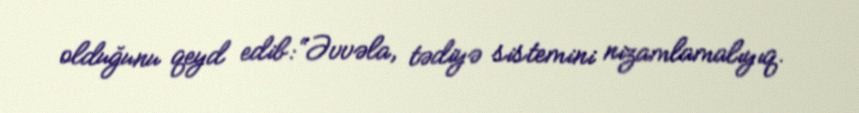
olduğunu qeyd edib: “Əvvəla, tədiyə sistemini nizamlamalıyıq.